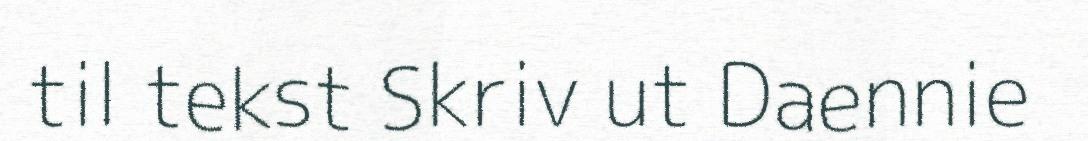
til tekst Skriv ut Daennie